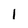
Character: i